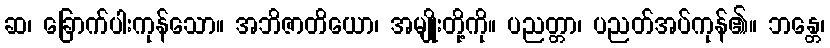
ဆ၊ ခြောက်ပါးကုန်သော။ အဘိဇာတိယော၊ အမျိုးတို့ကို။ ပညတ္တာ၊ ပညတ်အပ်ကုန်၏။ ဘန္တေ၊